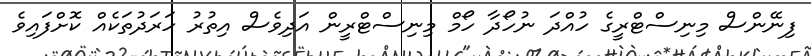
ފިނޭންސް މިނިސްޓްރީގެ ހުއްދަ ނުހޯދާ ހޯމް މިނިސްޓްރީން އަދިވެސް އިތުރު ހަރަދުތަކެއް ކޮށްފައިވެ